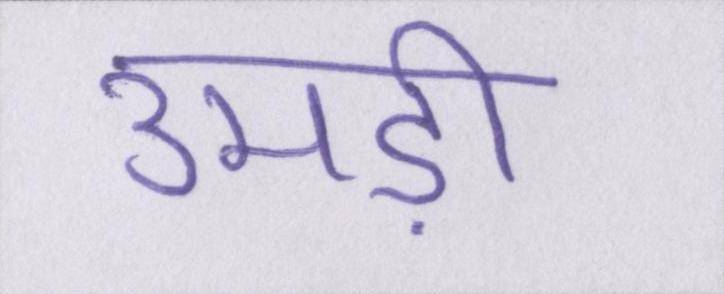
उमड़ी